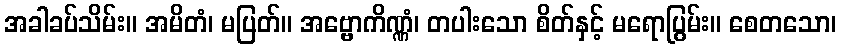
အခါခပ်သိမ်း။ အမိတံ၊ မပြတ်။ အဗ္ဗောကိဏ္ဏံ၊ တပါးသော စိတ်နှင့် မရောပြွမ်း။ စေတသော၊